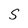
Character: S